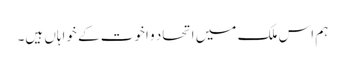
ہم اس ملک میں اتحاد و اخوت کے خواہاں ہیں۔